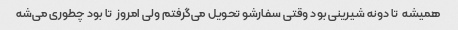
همیشه  تا دونه شیرینی بود وقتی سفارشو تحویل می‌گرفتم ولی امروز  تا بود چطوری می‌شه